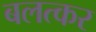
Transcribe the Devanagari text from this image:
बलत्कर